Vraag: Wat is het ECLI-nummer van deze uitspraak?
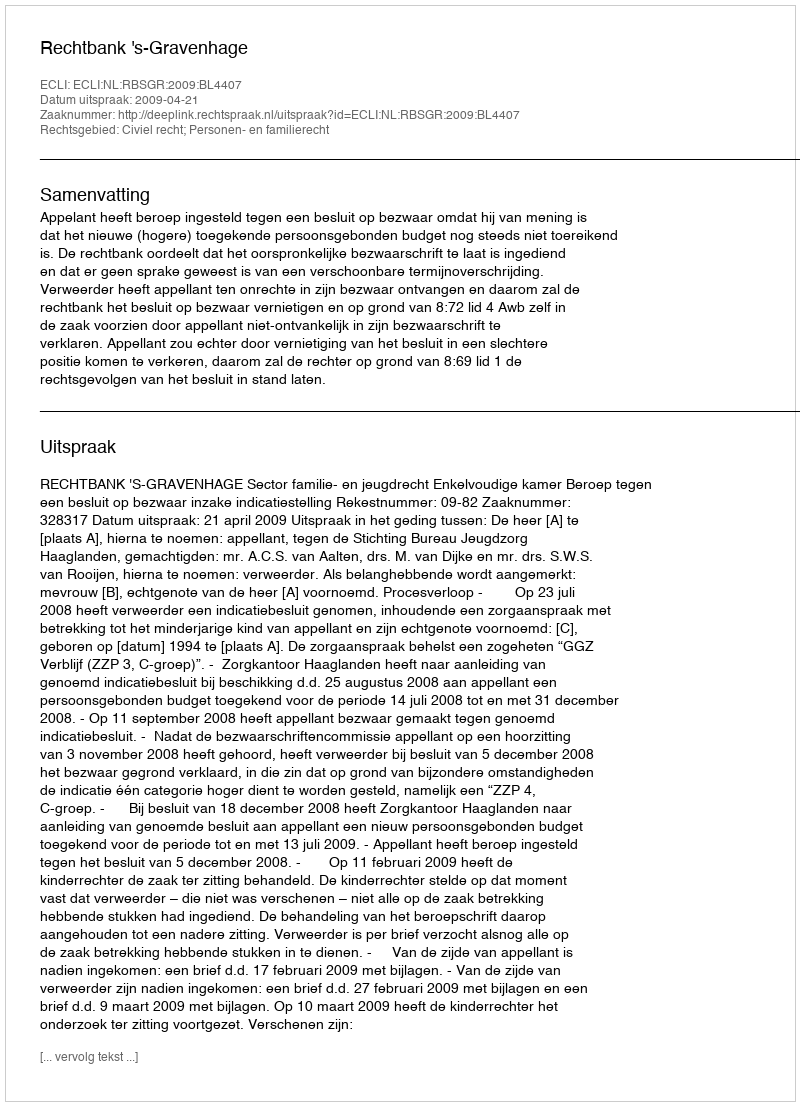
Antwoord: ECLI:NL:RBSGR:2009:BL4407